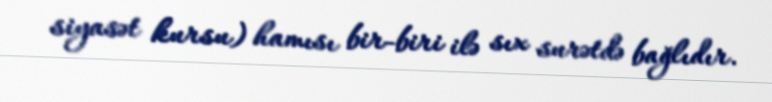
siyasət kursu) hamısı bir-biri ilə sıx surətdə bağlıdır.